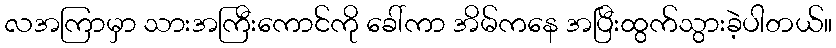
လအကြာမှာ သားအကြီးကောင်ကို ခေါ်ကာ အိမ်ကနေ အပြီးထွက်သွားခဲ့ပါတယ်။